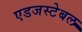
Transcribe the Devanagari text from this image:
एडजस्टेबल